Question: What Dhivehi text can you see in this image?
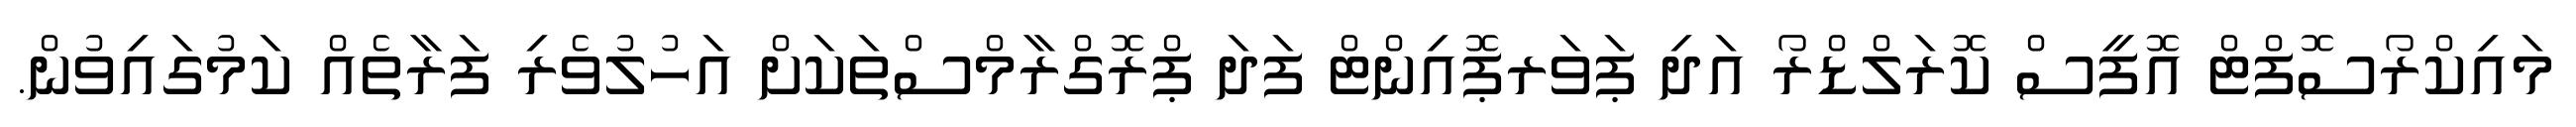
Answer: މައިކްރޯސޮފްޓް އޮފީސް ކޮރަލްޑްރޯ އަދި ޕަވަރޕޮއިންޓް ފަދަ ޕްރޮގްރާމްސްތަކަށް އަހުލުވެރި ފަރާތެއް ކަމުގައިވުން.